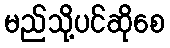
မည်သို့ပင်ဆိုစေ